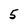
Character: 5